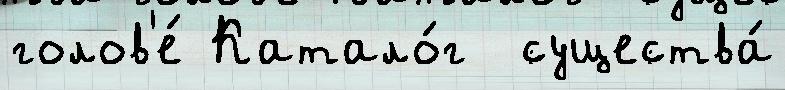
голов'е́ Катало́г  существа́